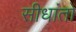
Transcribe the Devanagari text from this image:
सीधांतो